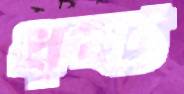
ধৃষ্ট